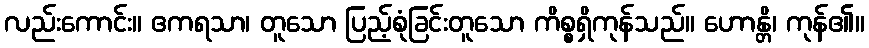
လည်းကောင်း။ ဧကရသာ၊ တူသော ပြည့်စုံခြင်းတူသော ကိစ္စရှိကုန်သည်။ ဟောန္တိ၊ ကုန်၏။